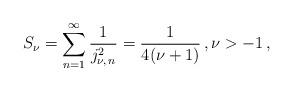
LaTeX: \begin{align*}S_{\nu} = \sum _{n = 1} ^{\infty} \frac{1}{j_{\nu , \, n} ^{2}} = \frac{1}{4(\nu + 1)} \, , \nu > -1 \, , \end{align*}